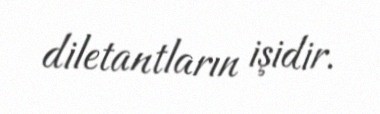
diletantların işidir.